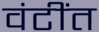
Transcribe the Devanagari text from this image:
वंटींत